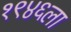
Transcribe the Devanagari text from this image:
१९४६ला